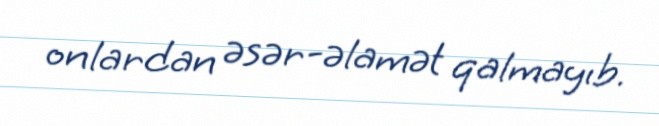
onlardan əsər-əlamət qalmayıb.